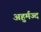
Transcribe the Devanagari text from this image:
अहुर्मज्द